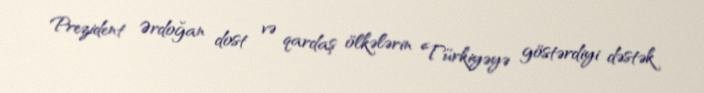
Prezident Ərdoğan dost və qardaş ölkələrin Türkiyəyə göstərdiyi dəstək